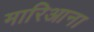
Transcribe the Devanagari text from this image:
मारिआना